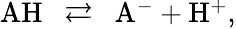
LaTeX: \begin{array}{r}{\mathrm{AH~~\rightleftarrows~~A^{-}+H^{+},}}\end{array}